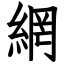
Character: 網